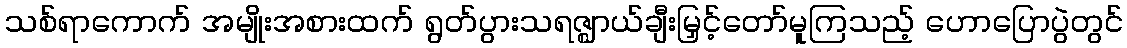
သစ်ရာကောက် အမျိုးအစားထက် ရွတ်ပွားသရဇ္ဈာယ်ချီးမြှင့်တော်မူကြသည့် ဟောပြောပွဲတွင်